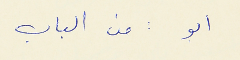
ابو : من الباب